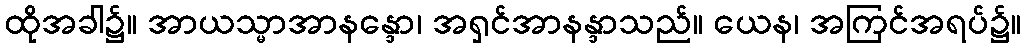
ထိုအခါ၌။ အာယသ္မာအာနန္ဒော၊ အရှင်အာနန္ဒာသည်။ ယေန၊ အကြင်အရပ်၌။